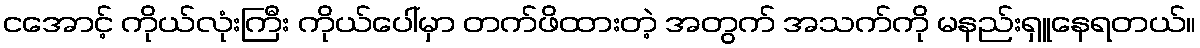
ငအောင့် ကိုယ်လုံးကြီး ကိုယ်ပေါ်မှာ တက်ဖိထားတဲ့ အတွက် အသက်ကို မနည်းရှူနေရတယ်။